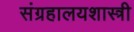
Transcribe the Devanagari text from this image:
संग्रहालयशास्त्री